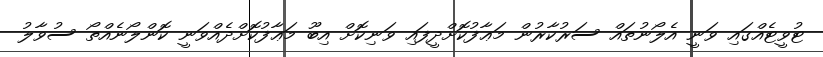
ޓުވީޓެއްގައި ވަނީ އެލޯނުތައް ސަރުކާރުން މަޢާފުކޮށްދީފައި ވަނިކޮށް އިބޫ މަޢާފުކޮށްދެއްވަނީ ކޮންލޯނެއްތޯ ސުވާލު